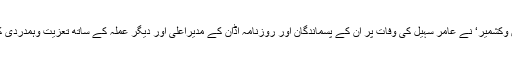
اردو صحافیوں کی ریاست گیر تنظیم ’انجمن اردو صحافت جموں وکشمیر‘ نے عامر سہیل کی وفات پر ان کے پسماندگان اور روزنامہ اڈان کے مدیراعلیٰ اور دیگر عملہ کے ساتھ تعزیت وہمدردی کا اظہار کرتے ہوئے مرحوم کی جنت نشینی کیلئے دعا کی ہے۔